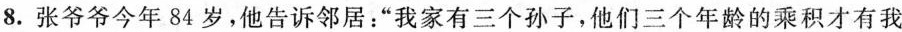
8.张爷爷今年84岁，他告诉邻居：”我家有三个孙子，他们三个年龄的乘积才有我